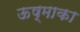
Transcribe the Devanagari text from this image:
ऊष्माका